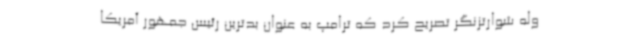
وله شوارتزنگر تصریح کرد که ترامپ به عنوان بدترین رئیس جمهور آمریکا